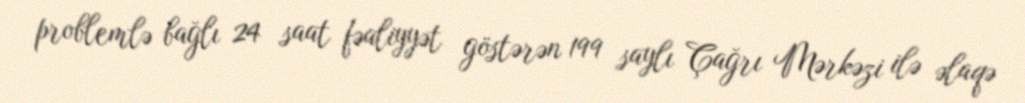
problemlə bağlı 24 saat fəaliyyət göstərən 199 saylı Çağrı Mərkəzi ilə əlaqə